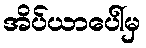
အိပ်ယာပေါ်မှ